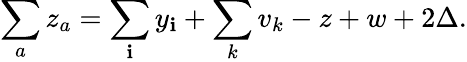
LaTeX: \sum_{a}z_{a}=\sum_{\mathbf{i}}y_{\mathbf{i}}+\sum_{k}v_{k}-z+w+2\Delta.